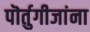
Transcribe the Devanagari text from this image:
पॊर्तुगीजांना